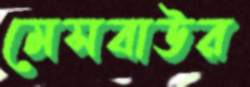
মেসবাউর